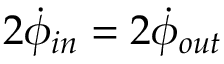
2 \dot { \phi } _ { i n } = 2 \dot { \phi } _ { o u t }